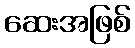
ဆေးအဖြစ်